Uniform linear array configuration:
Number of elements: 8
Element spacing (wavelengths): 0.25
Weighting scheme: hamming
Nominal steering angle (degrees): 30
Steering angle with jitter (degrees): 31.685
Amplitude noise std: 0.05
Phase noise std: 0.05

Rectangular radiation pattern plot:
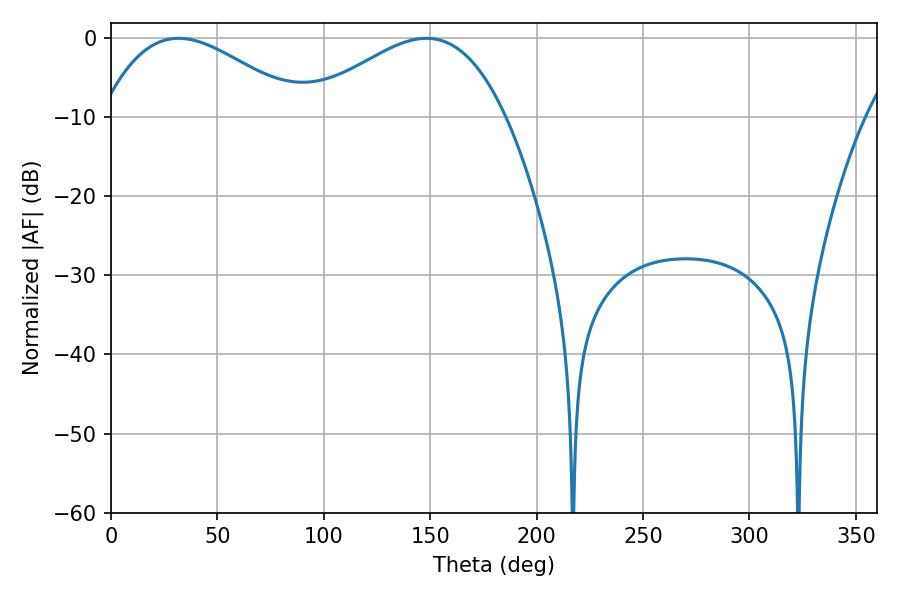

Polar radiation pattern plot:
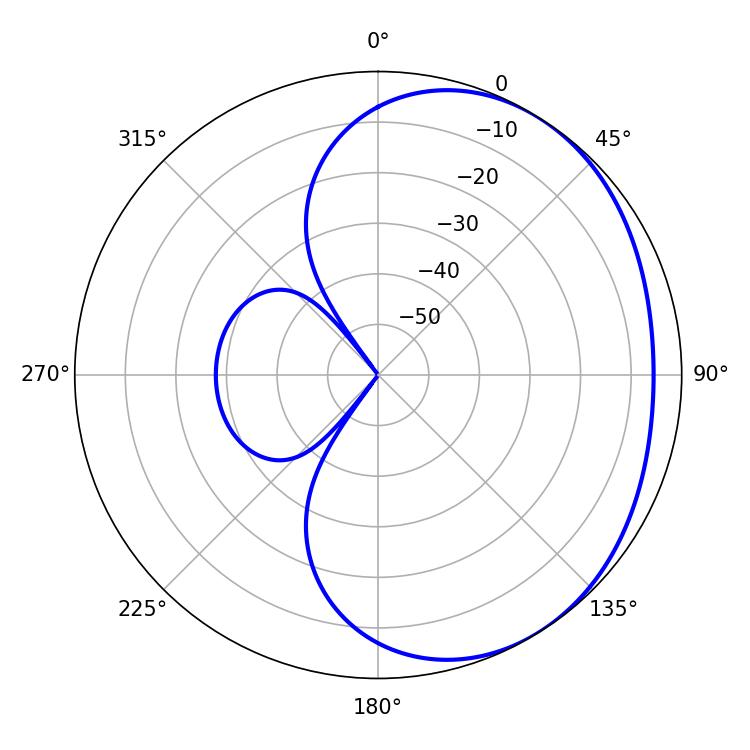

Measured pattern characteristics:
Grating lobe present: FALSE
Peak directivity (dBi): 2.461
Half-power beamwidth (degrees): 50.94
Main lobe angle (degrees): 31.86